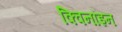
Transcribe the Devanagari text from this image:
क्विनॉइन